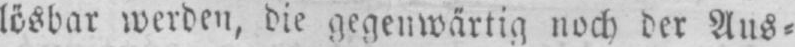
lösbar werden, die gegenwärtig noch der Aus⸗